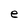
Character: e